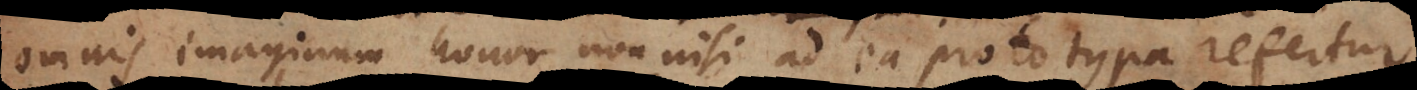
omnis imaginum honor non nisi ad ea prototypa refertur